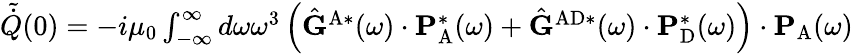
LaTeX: \begin{array}{r}{\tilde{\dot{Q}}(0)=-i\mu_{0}\int_{-\infty}^{\infty}d\omega\omega^{3}\left(\hat{\mathbf{G}}^{\mathrm{A}*}(\omega)\cdot\mathbf{P}_{\mathrm{A}}^{*}(\omega)+\hat{\mathbf{G}}^{\mathrm{AD}*}(\omega)\cdot\mathbf{P}_{\mathrm{D}}^{*}(\omega)\right)\cdot\mathbf{P}_{\mathrm{A}}(\omega)}\end{array}